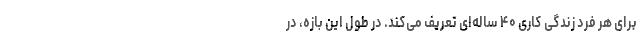
برای هر فرد زندگی کاری ۴۰ ساله‌ای تعریف می‌کند. در طول این بازه، در